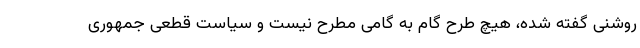
روشنی گفته شده، هیچ طرح گام به گامی مطرح نیست و سیاست قطعی جمهوری